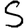
Digit: 5